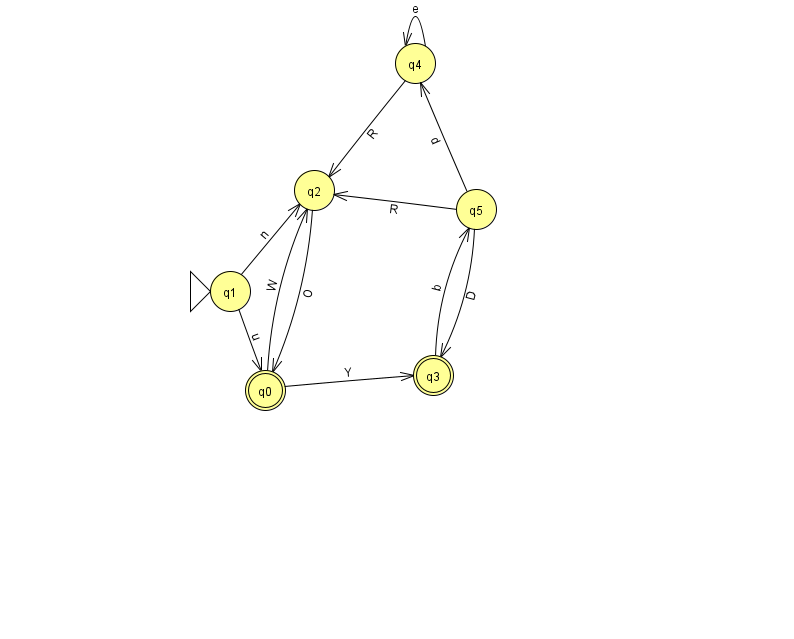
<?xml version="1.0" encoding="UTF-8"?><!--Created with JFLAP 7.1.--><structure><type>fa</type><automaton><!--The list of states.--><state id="0" name="q0"><x>265.0</x><y>377.0</y><final/></state><state id="1" name="q1"><x>230.0</x><y>278.0</y><initial/></state><state id="2" name="q2"><x>314.0</x><y>177.0</y></state><state id="3" name="q3"><x>433.0</x><y>362.0</y><final/></state><state id="4" name="q4"><x>415.0</x><y>50.0</y></state><state id="5" name="q5"><x>476.0</x><y>196.0</y></state><!--The list of transitions.--><transition><from>4</from><to>2</to><read>R</read></transition><transition><from>5</from><to>3</to><read>D</read></transition><transition><from>1</from><to>0</to><read>u</read></transition><transition><from>4</from><to>4</to><read>e</read></transition><transition><from>1</from><to>2</to><read>n</read></transition><transition><from>2</from><to>0</to><read>O</read></transition><transition><from>3</from><to>5</to><read>b</read></transition><transition><from>5</from><to>2</to><read>R</read></transition><transition><from>0</from><to>3</to><read>Y</read></transition><transition><from>0</from><to>2</to><read>W</read></transition><transition><from>5</from><to>4</to><read>d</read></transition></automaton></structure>